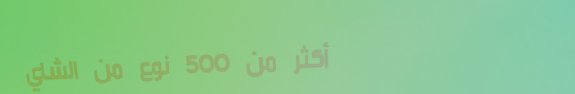
أكثر من 500 نوع من الشاي